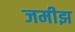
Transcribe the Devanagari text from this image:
जमीझ